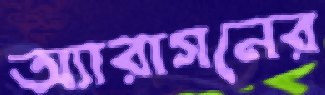
অ্যারাগনের